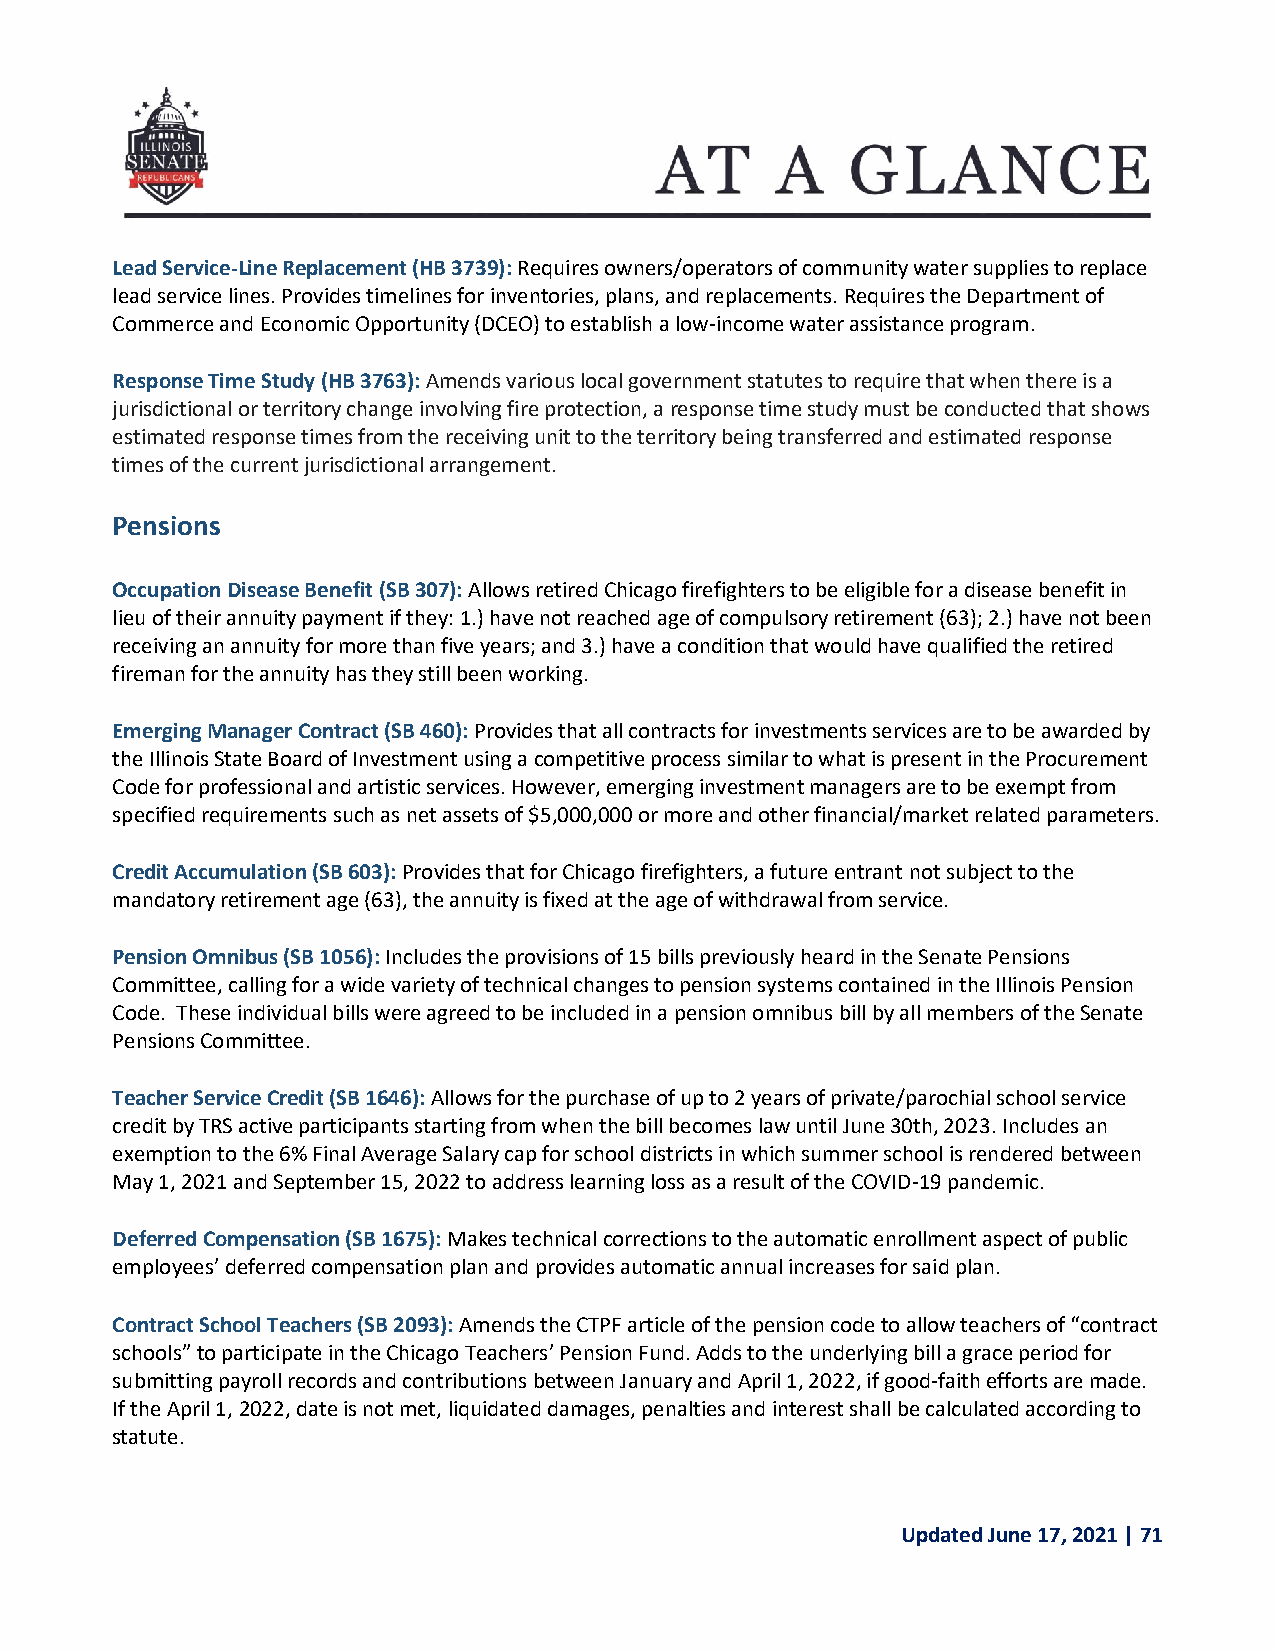
Lead Service-Line Replacement (HB 3739): Requires owners/operators of community water supplies to replace
 lead service lines. Provides timelines for inventories, plans, and replacements. Requires the Department of
 Commerce and Economic Opportunity (DCEO) to establish a low-income water assistance program.
 Response Time Study (HB 3763): Amends various local government statutes to require that when there is a
 jurisdictional or territory change involving fire protection, a response time study must be conducted that shows
 estimated response times from the receiving unit to the territory being transferred and estimated response
 times of the current jurisdictional arrangement.
 Pensions
 Occupation Disease Benefit (SB 307): Allows retired Chicago firefighters to be eligible for a disease benefit in
 lieu of their annuity payment if they: 1.) have not reached age of compulsory retirement (63); 2.) have not been
 receiving an annuity for more than five years; and 3.) have a condition that would have qualified the retired
 fireman for the annuity has they still been working.
 Emerging Manager Contract (SB 460): Provides that all contracts for investments services are to be awarded by
 the Illinois State Board of Investment using a competitive process similar to what is present in the Procurement
 Code for professional and artistic services. However, emerging investment managers are to be exempt from
 specified requirements such as net assets of $5,000,000 or more and other financial/market related parameters.
 Credit Accumulation (SB 603): Provides that for Chicago firefighters, a future entrant not subject to the
 mandatory retirement age (63), the annuity is fixed at the age of withdrawal from service.
 Pension Omnibus (SB 1056): Includes the provisions of 15 bills previously heard in the Senate Pensions
 Committee, calling for a wide variety of technical changes to pension systems contained in the Illinois Pension
 Code. These individual bills were agreed to be included in a pension omnibus bill by all members of the Senate
 Pensions Committee.
 Teacher Service Credit (SB 1646): Allows for the purchase of up to 2 years of private/parochial school service
 credit by TRS active participants starting from when the bill becomes law until June 30th, 2023. Includes an
 exemption to the 6% Final Average Salary cap for school districts in which summer school is rendered between
 May 1, 2021 and September 15, 2022 to address learning loss as a result of the COVID-19 pandemic.
 Deferred Compensation (SB 1675): Makes technical corrections to the automatic enrollment aspect of public
 employees’ deferred compensation plan and provides automatic annual increases for said plan.
 Contract School Teachers (SB 2093): Amends the CTPF article of the pension code to allow teachers of “contract
 schools” to participate in the Chicago Teachers’ Pension Fund. Adds to the underlying bill a grace period for
 submitting payroll records and contributions between January and April 1, 2022, if good-faith efforts are made.
 If the April 1, 2022, date is not met, liquidated damages, penalties and interest shall be calculated according to
 statute.
 Updated June 17, 2021 | 71